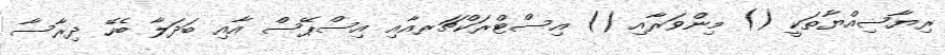
ރިޔާޟިއްޔާތަކީ () މިންވަރާއި () އިސްޓްރަކްޗަރއާއި އިސްޕޭސް އާއި ބަދަލާ ބެހޭ ދިރާސާ